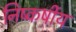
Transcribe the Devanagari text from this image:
निष्कर्षीय